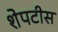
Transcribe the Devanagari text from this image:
शेपटीस